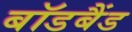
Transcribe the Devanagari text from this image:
बॉडबैंड